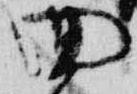
回